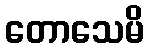
တောသေမိ